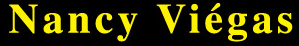
Nancy Viegas